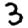
Digit: 3